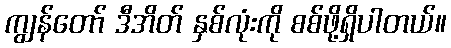
ကျွန်တော် ဒီအိတ် နှစ်လုံးကို စစ်ဖို့ရှိပါတယ်။